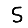
Digit: 5